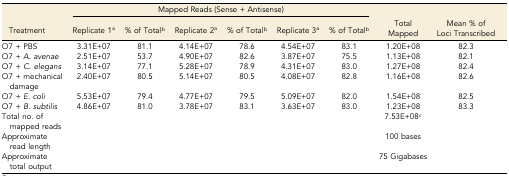
<table><thead><tr><td></td><td colspan="6"><b>Mapped Reads (Sense + Antisense)</b></td><td></td><td></td></tr><tr><td><b>Treatment</b></td><td><b>Replicate 1a</b></td><td><b>% of Total<i><sup>b</sup></i></b></td><td><b>Replicate 2a</b></td><td><b>% of Total<i><sup>b</sup></i></b></td><td><b>Replicate 3a</b></td><td><b>% of Total<i><sup>b</sup></i></b></td><td><b>Total Mapped</b></td><td><b>Mean % of Loci Transcribed</b></td></tr></thead><tbody><tr><td>O7 + PBS</td><td>3.31E+07</td><td>81.1</td><td>4.14E+07</td><td>78.6</td><td>4.54E+07</td><td>83.1</td><td>1.20E+08</td><td>82.3</td></tr><tr><td>O7 + <i>A. avenae</i></td><td>2.51E+07</td><td>53.7</td><td>4.90E+07</td><td>82.6</td><td>3.87E+07</td><td>75.5</td><td>1.13E+08</td><td>82.1</td></tr><tr><td>O7 + <i>C</i>. <i>elegans</i></td><td>3.14E+07</td><td>77.1</td><td>5.28E+07</td><td>78.9</td><td>4.31E+07</td><td>83.0</td><td>1.27E+08</td><td>82.4</td></tr><tr><td>O7 + mechanical damage</td><td>2.40E+07</td><td>80.5</td><td>5.14E+07</td><td>80.5</td><td>4.08E+07</td><td>82.8</td><td>1.16E+08</td><td>82.6</td></tr><tr><td>O7 + <i>E. coli</i></td><td>5.53E+07</td><td>79.4</td><td>4.77E+07</td><td>79.5</td><td>5.09E+07</td><td>82.0</td><td>1.54E+08</td><td>82.5</td></tr><tr><td>O7 + <i>B. subtilis</i></td><td>4.86E+07</td><td>81.0</td><td>3.78E+07</td><td>83.1</td><td>3.63E+07</td><td>83.0</td><td>1.23E+08</td><td>83.3</td></tr><tr><td>Total no. of mapped reads</td><td></td><td></td><td></td><td></td><td></td><td></td><td>7.53E+08<i><sup>c</sup></i></td><td></td></tr><tr><td>Approximate read length</td><td></td><td></td><td></td><td></td><td></td><td></td><td>100 bases</td><td></td></tr><tr><td>Approximate total output</td><td></td><td></td><td></td><td></td><td></td><td></td><td>75 Gigabases</td><td></td></tr></tbody></table>